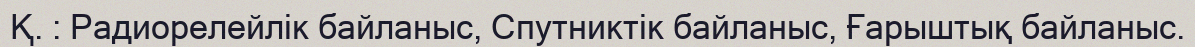
Қ. : Радиорелейлік байланыс, Спутниктік байланыс, Ғарыштық байланыс.